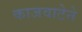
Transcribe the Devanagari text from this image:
काजवाटेने